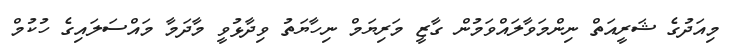
މިއަދުގެ ޝަރީއަތް ނިންމަވާލައްވަމުން ގާޒީ މަރިޔަމް ނިހާޔަތު ވިދާޅުވީ މާދަމާ މައްސަލައިގެ ހުކުމް